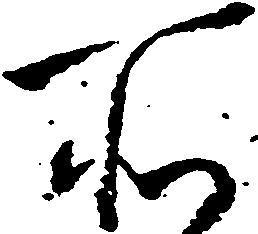
所